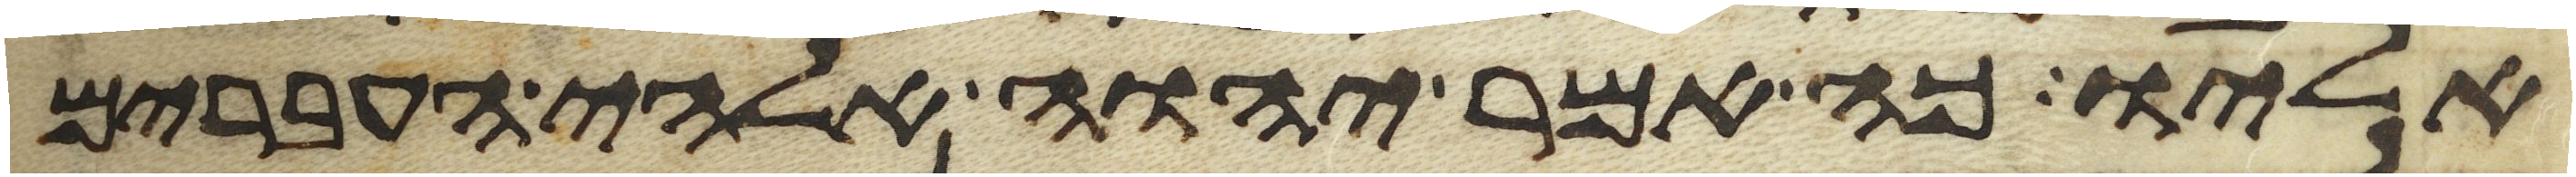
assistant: אליו כה אמר יהוה אלהי העברים